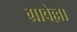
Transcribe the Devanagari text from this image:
ग्रावेल्ला